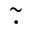
\tilde { \cdot }